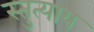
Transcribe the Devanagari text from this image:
स्तुत्याय